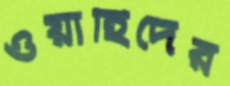
ওয়াহিদের